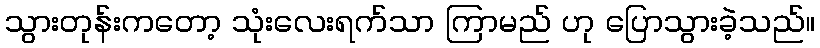
သွားတုန်းကတော့ သုံးလေးရက်သာ ကြာမည် ဟု ပြောသွားခဲ့သည်။